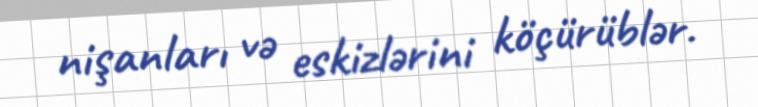
nişanları və eskizlərini köçürüblər.